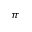
\pi